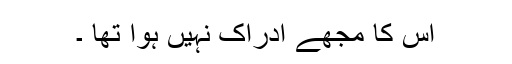
اُس کا مجھے ادراک نہیں ہوا تھا ۔